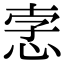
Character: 𢚦